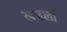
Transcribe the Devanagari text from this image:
खजली